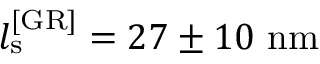
l _ { \mathrm { s } } ^ { \mathrm { [ G R ] } } = 2 7 \pm 1 0 \ \mathrm { n m }